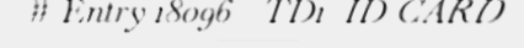
# Entry 18096 - TD1_ID_CARD